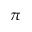
\pi